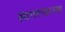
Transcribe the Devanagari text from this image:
सागरपारच्या